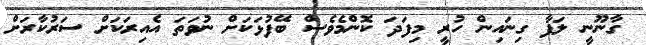
ގާނޫނީ ލަފާ ގިނައިން ހުރީ މިފަދަ ކޮންމެވެސް ބޭފުޅަކަށް ނުވަތަ އެއިރަކަށް ސަރުކާރަށް